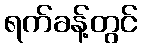
ရက်ခန့်တွင်